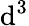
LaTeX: \mathrm{d}^{3}